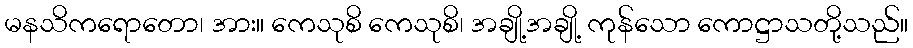
မနသိကရောတော၊ အား။ ကေသုစိ ကေသုစိ၊ အချို့အချို့ ကုန်သော ကောဋ္ဌာသတို့သည်။